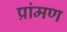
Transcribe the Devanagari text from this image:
प्रांमण